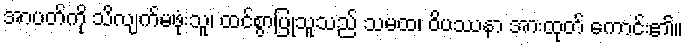
အာပတ်ကို သိလျက်မဖုံးသူ၊ ထင်စွာပြုသူသည် သမထ၊ ဝိပဿနာ အားထုတ် ကောင်း၏။